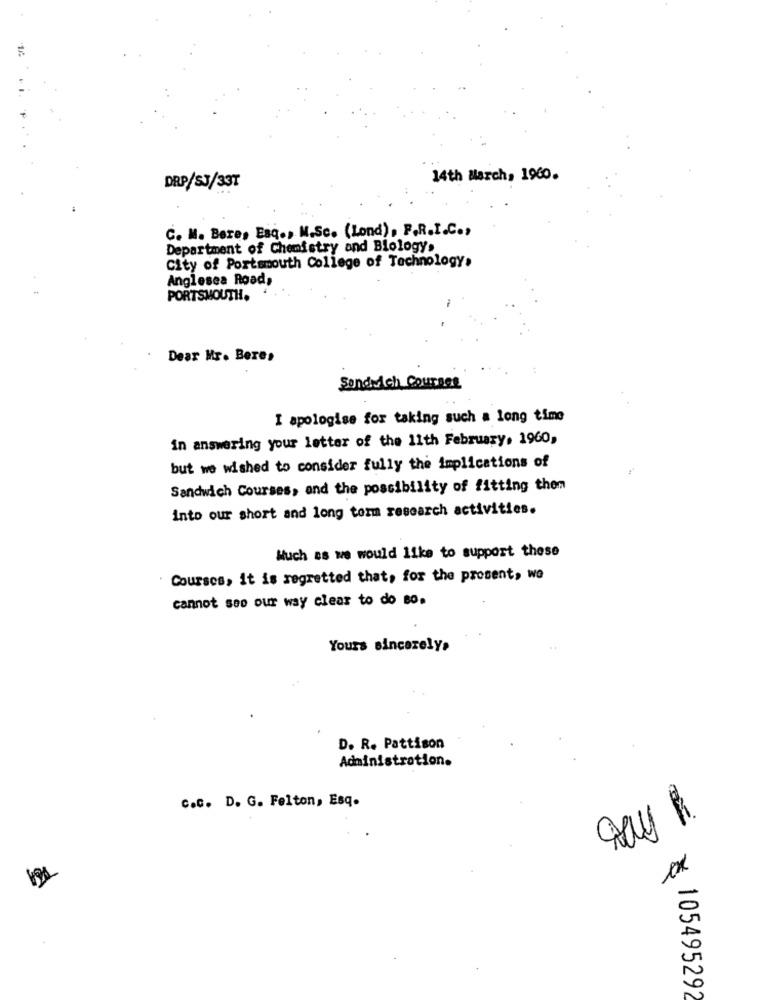
14
14th March, 1960.
DRP/SJ/337
C. M. Bare, Esq ., M.Sc. (Lond), F.R.I.C .,
Department of Chemistry and Biologys
City of Portsmouth College of Technology.
Anglesea Road,
PORTSMOUTH.
Dear Mr. Beres
Sandwich Courses
I apologise for taking such a long time
in answering your letter of the 11th February, 1960,
but we wished to consider fully the implications of
Sandwich Courses, and the possibility of fitting them
Into our short and long tomm research activities.
Much as we would like to support these
Courses, it is regretted that, for the prosent, wo
cannot see our way clear to do so.
Yours sincerely»
D. R. Pattison
Administration.
c.c. D. G. Felton, Esq.
Day .
105495292